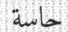
حاسة